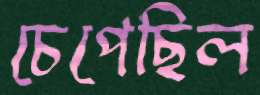
চেপেছিল